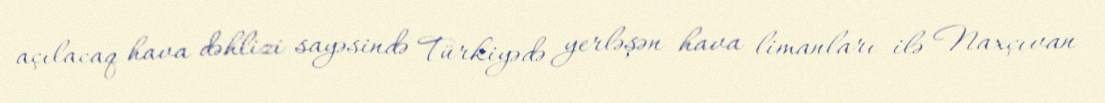
açılacaq hava dəhlizi sayəsində Türkiyədə yerləşən hava limanları ilə Naxçıvan